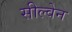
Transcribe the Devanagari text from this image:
सील्वेन